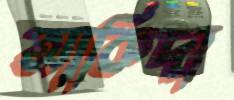
আকিদা